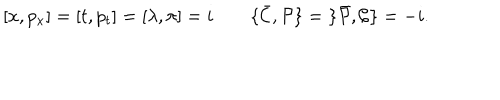
LaTeX: [ x , p _ { x } ] = [ t , p _ { t } ] = [ \lambda , \pi ] = i \qquad \{ { \bar { \cal C } } , { \cal P } \} = \{ { \bar { \cal P } } , { \cal C } \} = - i .